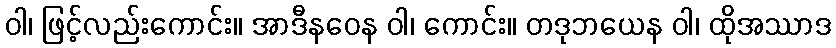
ဝါ၊ ဖြင့်လည်းကောင်း။ အာဒီနဝေန ဝါ၊ ကောင်း။ တဒုဘယေန ဝါ၊ ထိုအဿာဒ